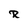
Character: R